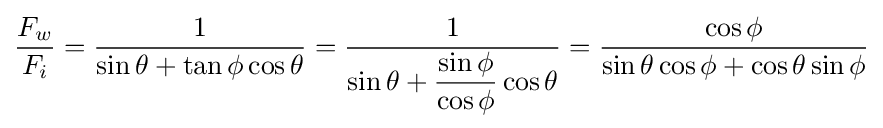
{\frac {F_{w}}{F_{i}}}={\frac {1}{\sin \theta +\tan \phi \cos \theta }}={\dfrac {1}{\sin \theta +{\dfrac {\sin \phi }{\cos \phi }}\cos \theta }}={\frac {\cos \phi }{\sin \theta \cos \phi +\cos \theta \sin \phi }}